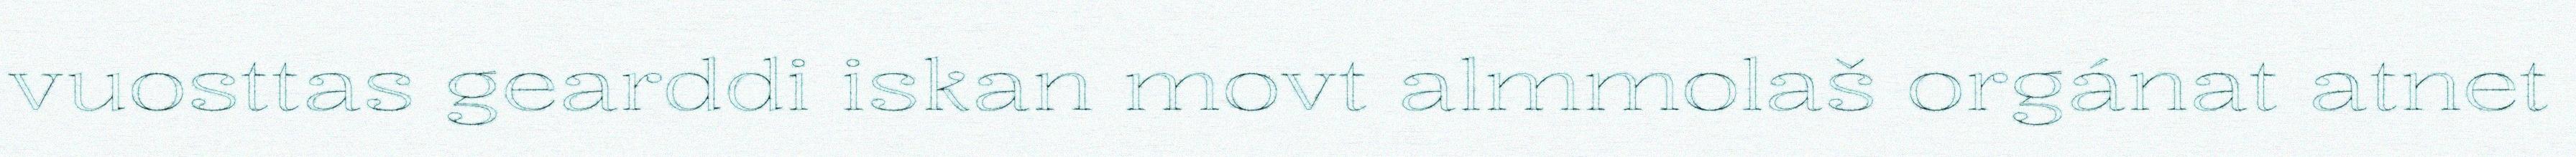
vuosttas gearddi iskan movt almmolaš orgánat atnet